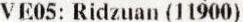
VE05: RIDZUAN (11900)